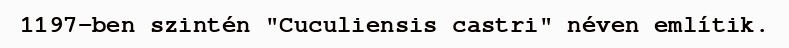
1197-ben szintén "Cuculiensis castri" néven említik.